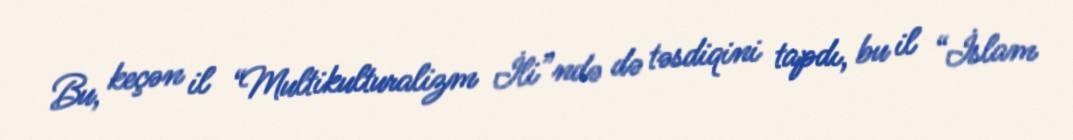
Bu, keçən il “Multikulturalizm İli”ndə də təsdiqini tapdı, bu il “İslam